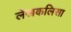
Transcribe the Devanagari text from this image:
लेखकलिसा